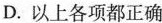
D.以上各项都正确